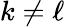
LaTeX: k\neq\ell